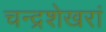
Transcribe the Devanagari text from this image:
चन्द्रशेखरां